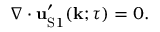
\nabla \cdot { \bf { u } } _ { \mathrm { { S } } 1 } ^ { \prime } ( { \bf { k } } ; \tau ) = 0 .